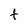
Character: t